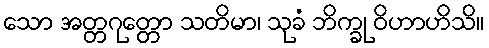
သော အတ္တဂုတ္တော သတိမာ၊ သုခံ ဘိက္ခု ဝိဟာဟိသိ။